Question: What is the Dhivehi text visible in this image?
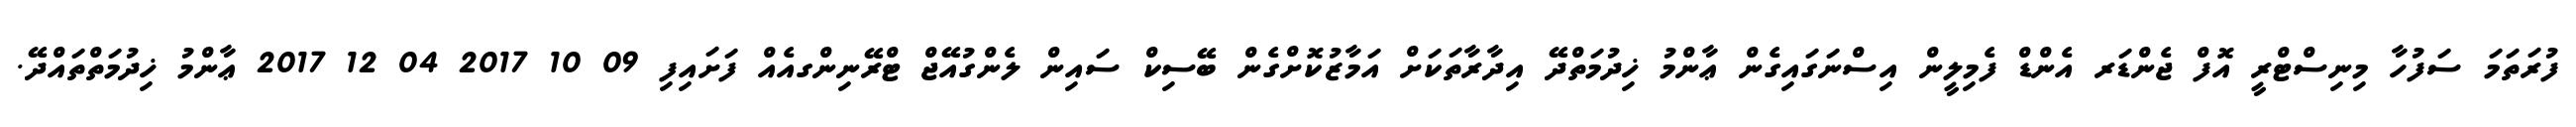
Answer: ފުރަތަމަ ސަފުހާ މިނިސްޓްރީ އޮފް ޖެންޑަރ އެންޑް ފެމިލީން އިސްނަގައިގެން ޢާންމު ޚިދުމަތްދޭ އިދާރާތަކަށް އަމާޒުކޮށްގެން ބޭސިކް ސައިން ލެންގުއޭޖް ޓްރޭނިންގއެއް ފަށައިފި 09 10 2017 04 12 2017 ޢާންމު ޚިދުމަތްތައްދޭ.